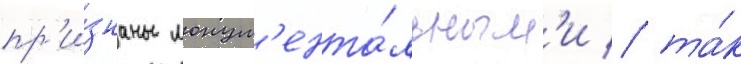
пр'и́знаны монум'ента́льным'и / та́к